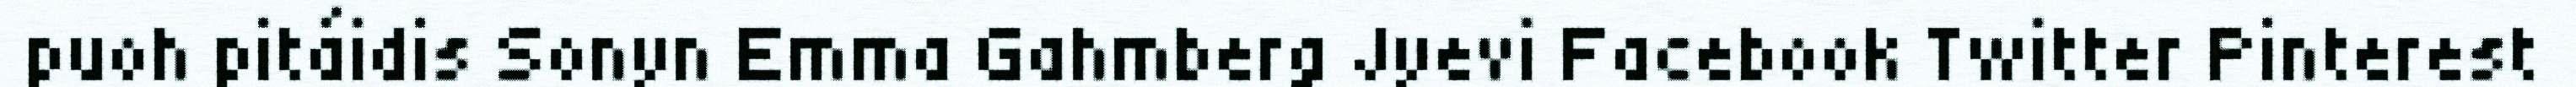
puoh pitáidis Sonyn Emma Gahmberg Jyevi Facebook Twitter Pinterest